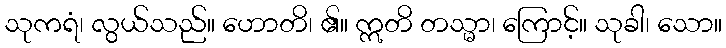
သုကရံ၊ လွယ်သည်။ ဟောတိ၊ ၏။ ဣတိ တသ္မာ၊ ကြောင့်။ သုခါ၊ သော။